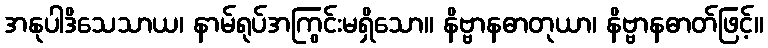
အနုပါဒိသေသာယ၊ နာမ်ရုပ်အကြွင်းမရှိသော။ နိဗ္ဗာနဓာတုယာ၊ နိဗ္ဗာနဓာတ်ဖြင့်။